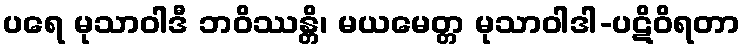
ပရေ မုသာဝါဒီ ဘဝိဿန္တိ၊ မယမေတ္တ မုသာဝါဒါ-ပဋိဝိရတာ